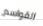
القواسم